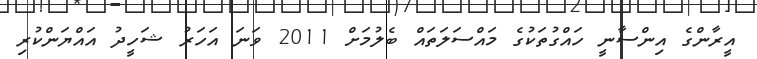
އީރާންގެ އިންސާނީ ހައްގުތަކުގެ މައްސަލަތައް ބެލުމަށް 2011 ވަނަ އަހަރު ޝަހީދު އައްޔަންކުރި